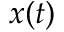
x ( t )